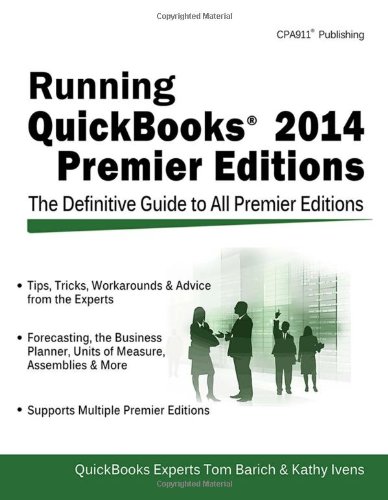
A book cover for Running QuickBooks 2014 Premier Editions: The Only Definitive Guide to the Premier Editions; Tom Barich; Computers & Technology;